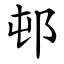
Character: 邨